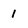
Character: 1